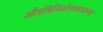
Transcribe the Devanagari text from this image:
औषधिनिर्माणशास्त्राच्या